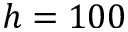
h = 1 0 0